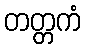
တတ္တကံ